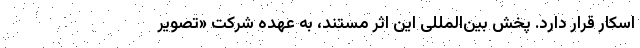
اسکار قرار دارد. پخش بین‌المللی این اثر مستند، به عهده شرکت «تصویر